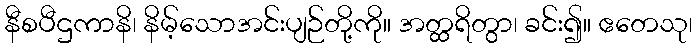
နီစပီဌကာနိ၊ နိမ့်သောအင်းပျဉ်တို့ကို။ အတ္ထရိတွာ၊ ခင်း၍။ ဧတေသု၊